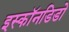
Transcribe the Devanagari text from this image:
इस्कॉनडिडो